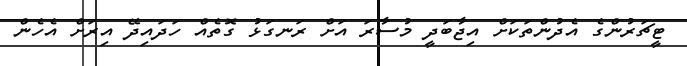
ޓީޗަރުންގެ އެދުންތަކަށް އިޖާބަދީ މުސާރަ އަށް ރަނގަޅު ގޮތެއް ހަދައިދޭ އިރަށް އެހެން